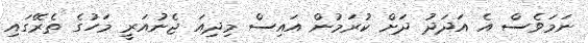
ނަމަވެސް އެ އަދަދު ދަށް ކުރަމުން އައިސް މިދިއަ ޖެނުއަރީ މަހުގެ ތެރޭގައި